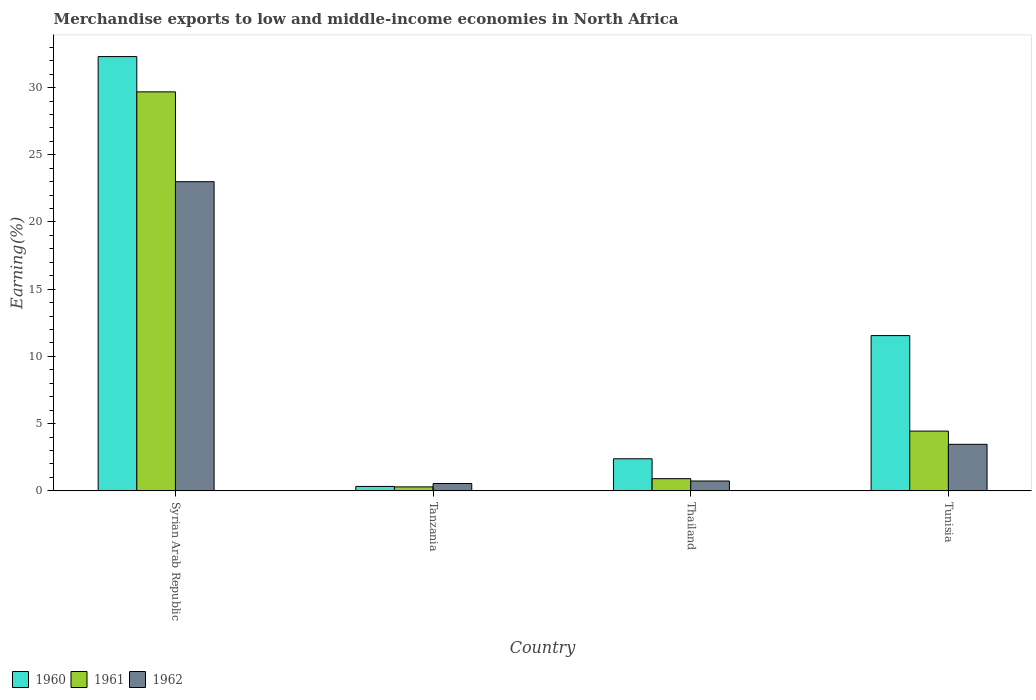
| Country | 1960 | 1961 | 1962 |
 | --- | --- | --- | --- |
 | Syrian Arab Republic | 32.3 | 29.7 | 23 |
 | Tanzania | 0.324 | 0.289 | 0.543 |
 | Thailand | 2.38 | 0.902 | 0.729 |
 | Tunisia | 11.5 | 4.44 | 3.46 |